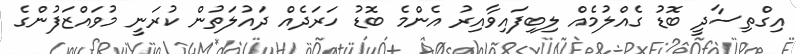
އިގްތިސާދީ ބޮޑު ގެއްލުމެއް ލިބިފައިވާއިރު އެންމެ ބޮޑު ހަރަދެއް ދައުލަތުން ކުރަނީ މުވައްޒަފުންގެ